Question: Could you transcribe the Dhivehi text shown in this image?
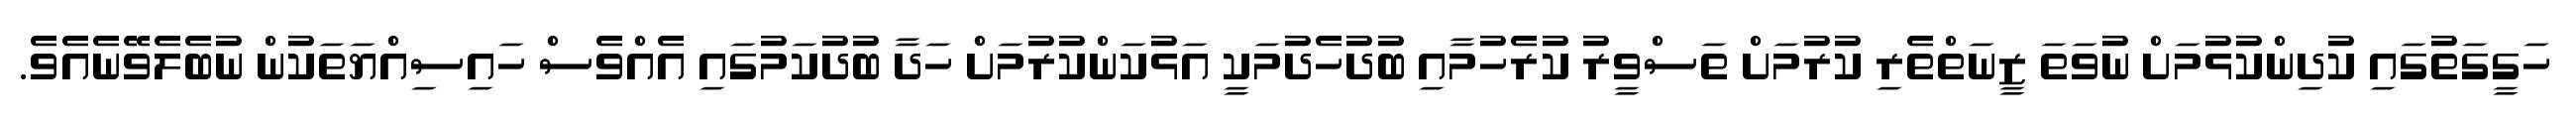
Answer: ހަގީގަތުގައި ކުދިންކުޅުމަށް ނުވަތަ ޒީނަތްތެރި ކުރުމަށް ތަސްވީރު ކުރެހުމާއި ބުދުހެދުމަކީ އަޅުކަންކުރުމަށް ހަދާ ބުދުކަމުގައި އެއްވެސް ހައިސިއްޔަތަކުން ނުބެލެވޭނެއެވެ.